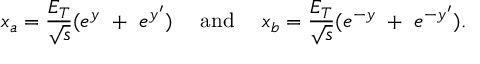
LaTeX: x _ { a } = \frac { E _ { T } } { \sqrt { s } } ( e ^ { y } \ + \ e ^ { y ^ { \prime } } ) \ \ \ \ \mathrm { a n d } \ \ \ \ x _ { b } = \frac { E _ { T } } { \sqrt { s } } ( e ^ { - y } \ + \ e ^ { - y ^ { \prime } } ) .